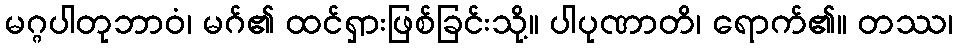
မဂ္ဂပါတုဘာဝံ၊ မဂ်၏ ထင်ရှားဖြစ်ခြင်းသို့။ ပါပုဏာတိ၊ ရောက်၏။ တဿ၊